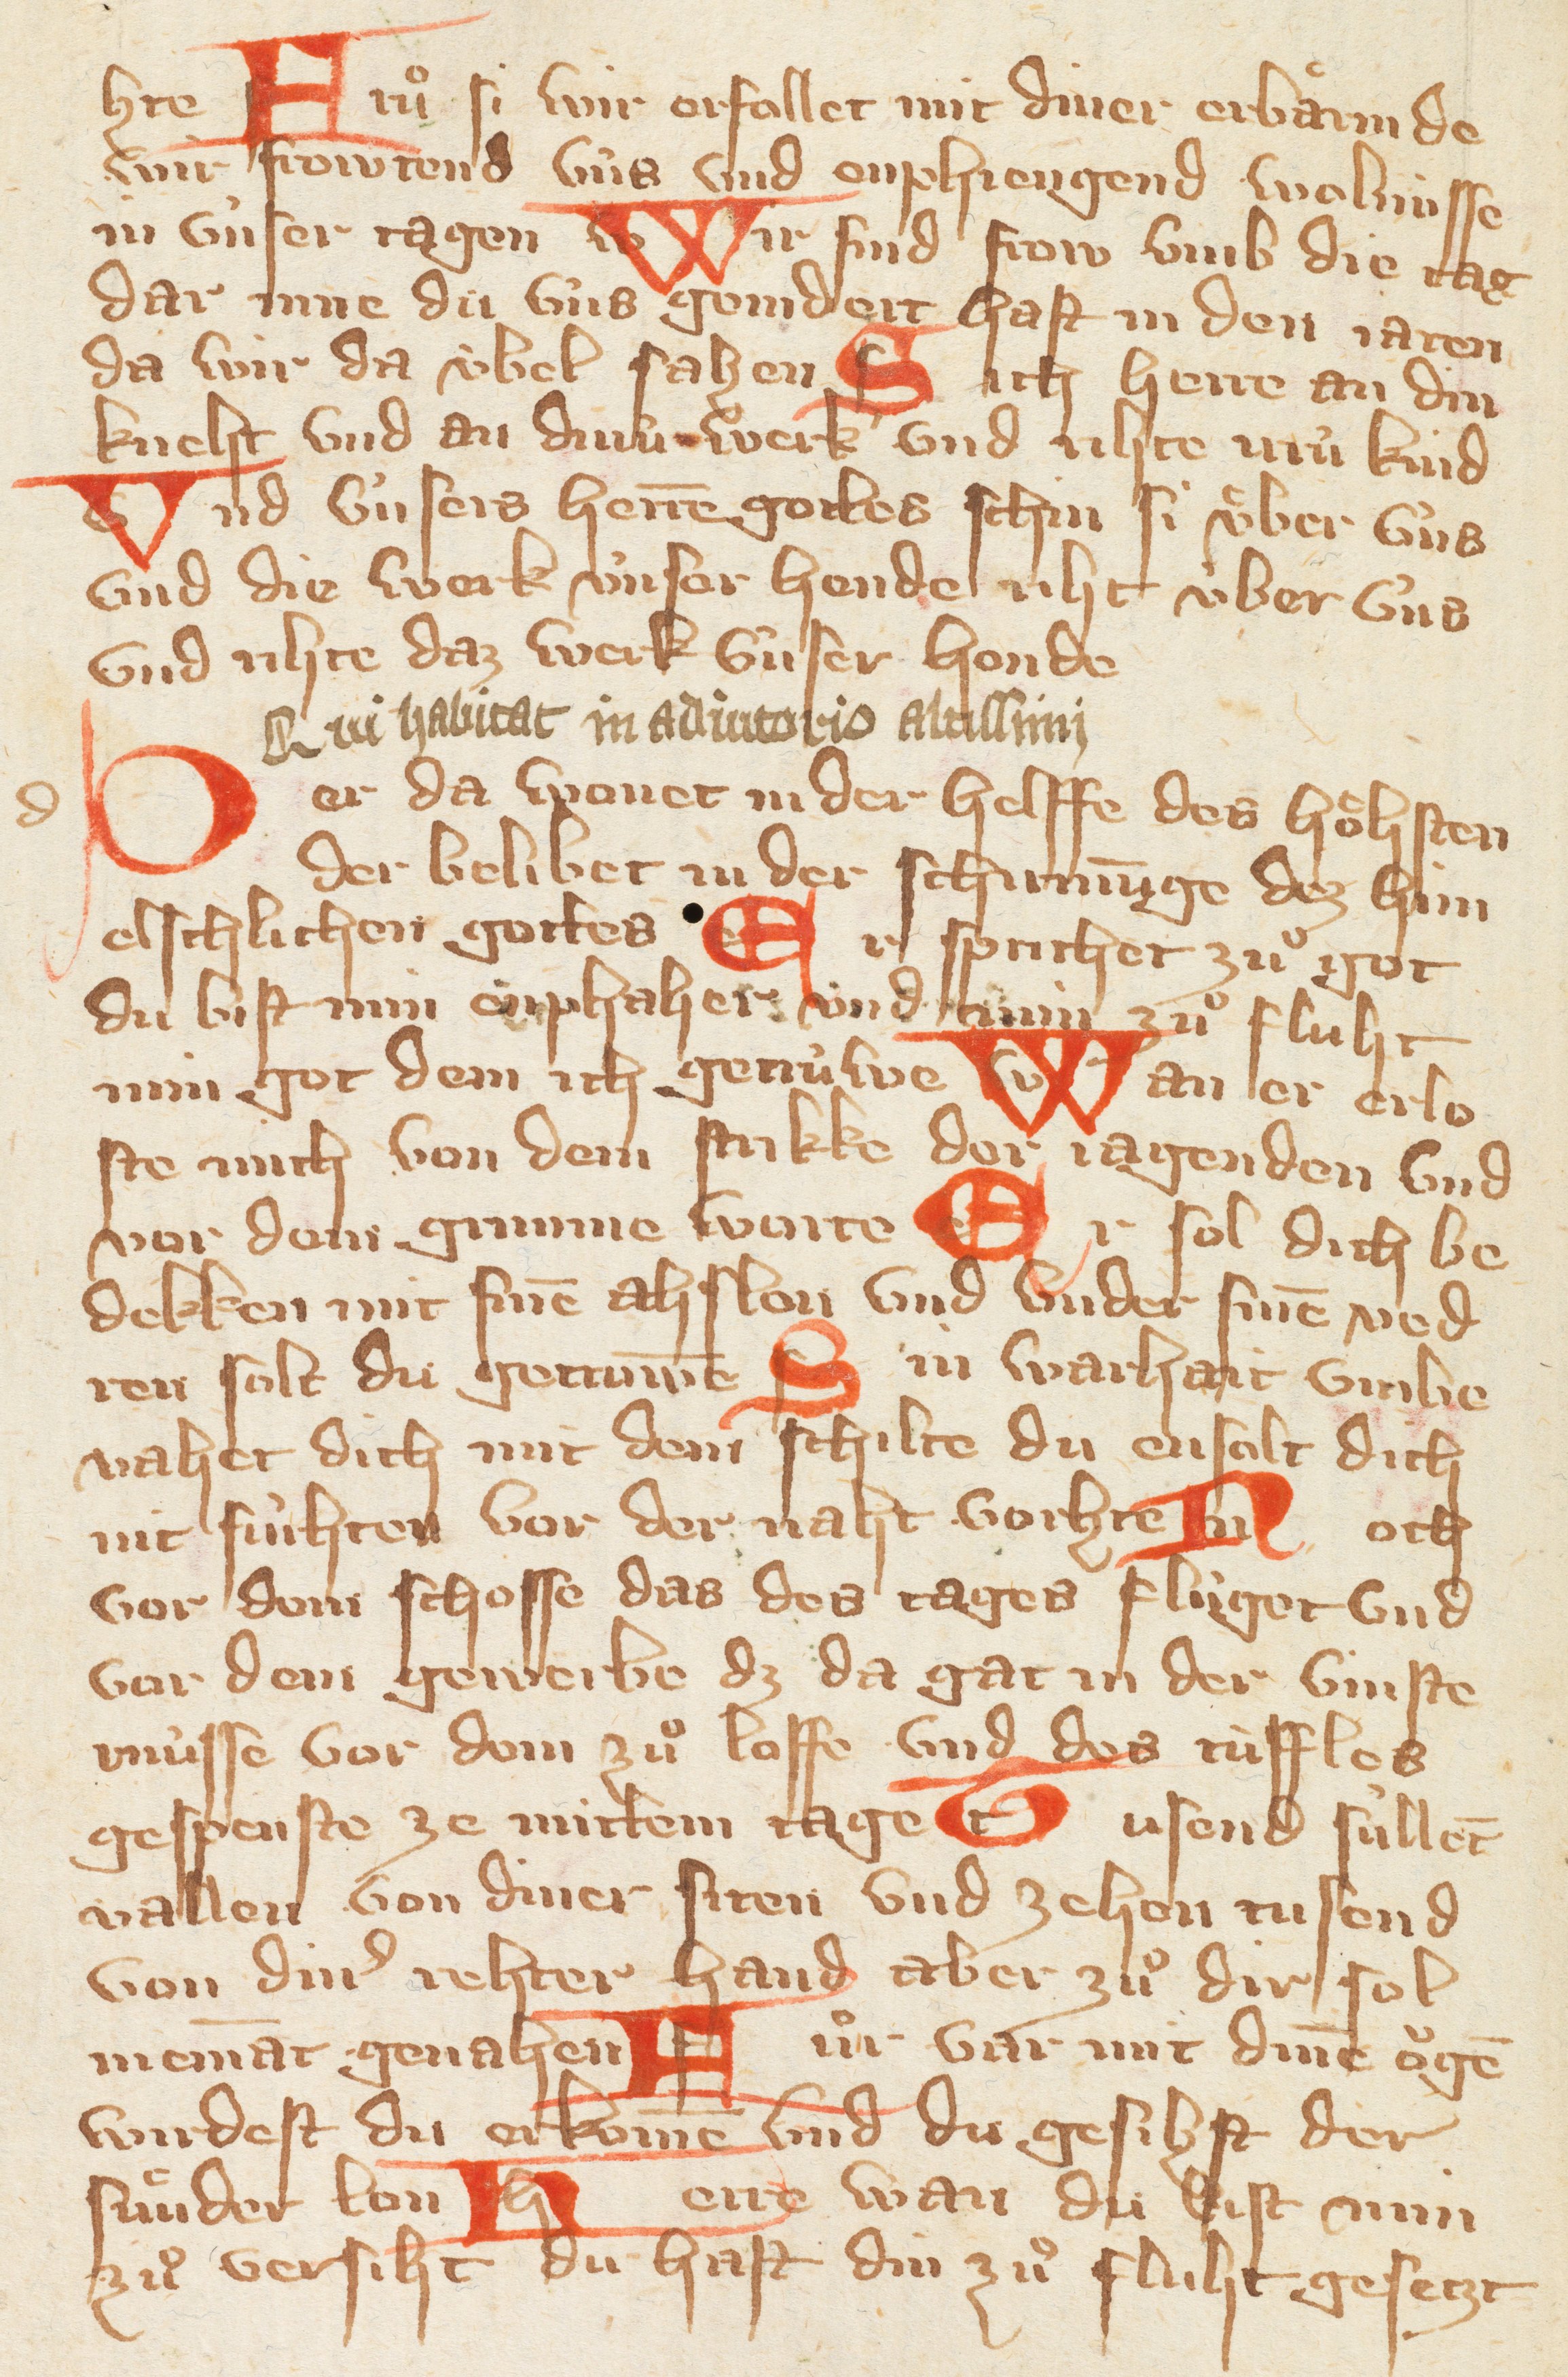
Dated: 1300–1449